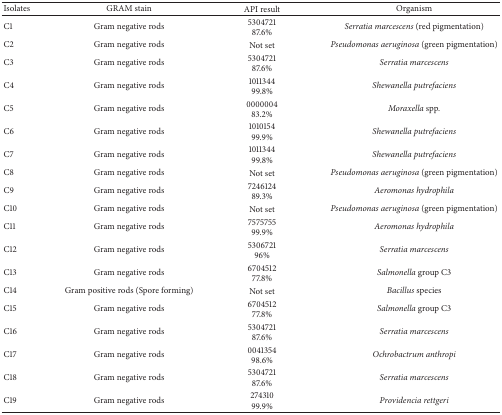
| Isolates | GRAM stain | API result | Organism |
 | --- | --- | --- | --- |
 | C1 | Gram negative rods | 5304721 87.6% | Serratia marcescens (red pigmentation) |
 | C2 | Gram negative rods | Not set | Pseudomonas aeruginosa (green pigmentation) |
 | C3 | Gram negative rods | 5304721 87.6% | Serratia marcescens |
 | C4 | Gram negative rods | 1011344 99.8% | Shewanella putrefaciens |
 | C5 | Gram negative rods | 0000004 83.2% | Moraxella spp. |
 | C6 | Gram negative rods | 1010154 99.9% | Shewanella putrefaciens |
 | C7 | Gram negative rods | 1011344 99.8% | Shewanella putrefaciens |
 | C8 | Gram negative rods | Not set | Pseudomonas aeruginosa (green pigmentation) |
 | C9 | Gram negative rods | 7246124 89.3% | Aeromonas hydrophila |
 | C10 | Gram negative rods | Not set | Pseudomonas aeruginosa (green pigmentation) |
 | C11 | Gram negative rods | 7575755 99.9% | Aeromonas hydrophila |
 | C12 | Gram negative rods | 5306721 96% | Serratia marcescens |
 | C13 | Gram negative rods | 6704512 77.8% | Salmonella group C3 |
 | C14 | Gram positive rods (Spore forming) | Not set | Bacillus species |
 | C15 | Gram negative rods | 6704512 77.8% | Salmonella group C3 |
 | C16 | Gram negative rods | 5304721 87.6% | Serratia marcescens |
 | C17 | Gram negative rods | 0041354 98.6% | Ochrobactrum anthropi |
 | C18 | Gram negative rods | 5304721 87.6% | Serratia marcescens |
 | C19 | Gram negative rods | 274310 99.9% | Providencia rettgeri |